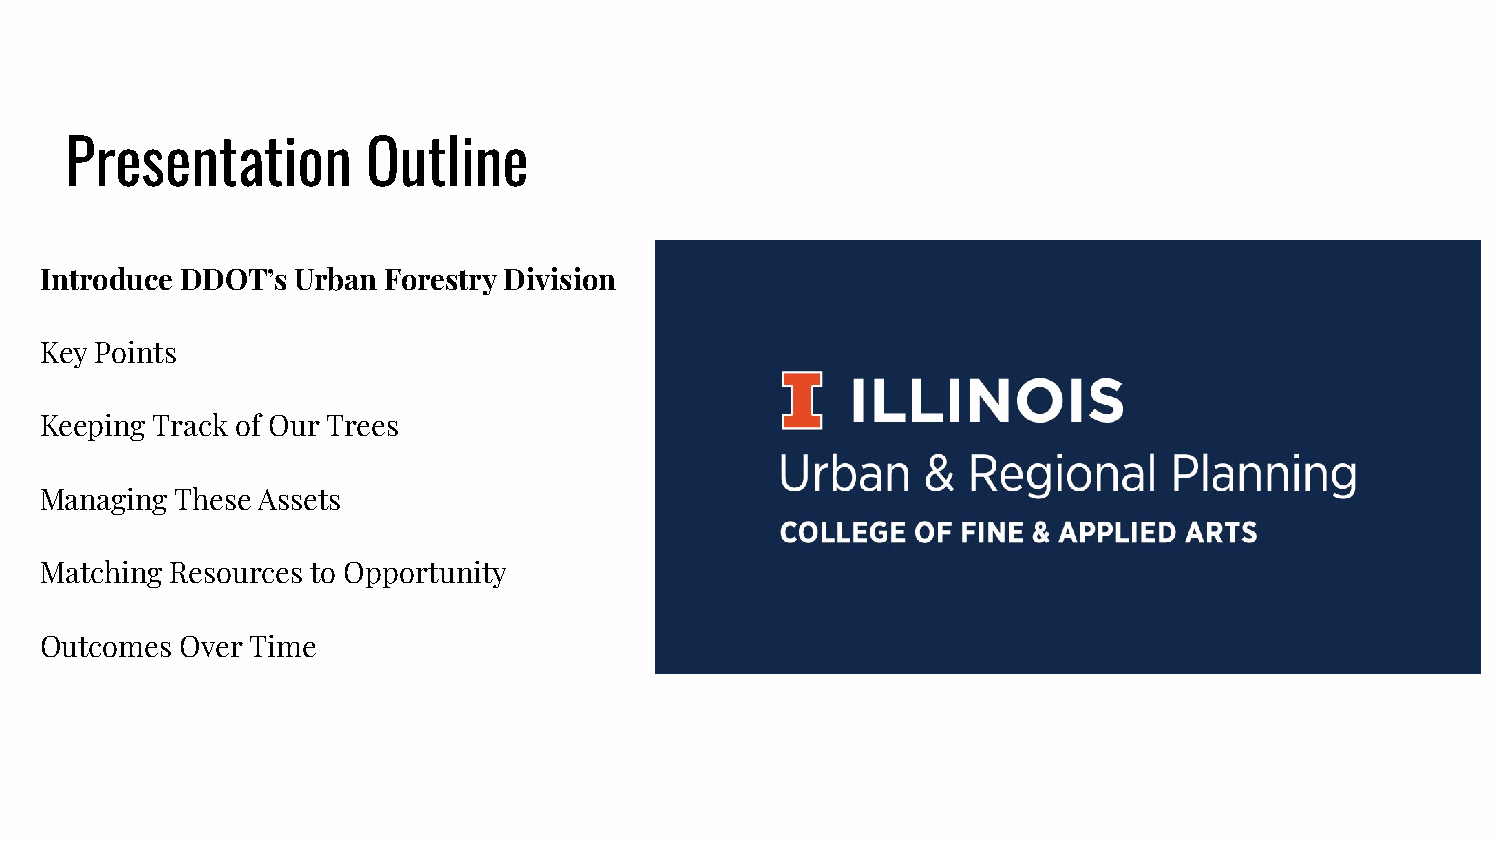
Presentation        Outline
 Introduce DDOT’s Urban Forestry Division
 Key Points
 Keeping Track of Our Trees
 Managing These Assets
 Matching Resources to Opportunity
 Outcomes Over Time